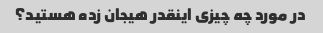
در مورد چه چیزی اینقدر هیجان زده هستید؟